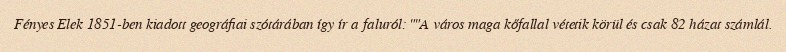
Fényes Elek 1851-ben kiadott geográfiai szótárában így ír a faluról: ""A város maga kőfallal vétetik körül és csak 82 házat számlál.